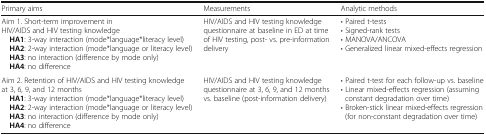
<table><thead><tr><td><b>Primary aims</b></td><td><b>Measurements</b></td><td><b>Analytic methods</b></td></tr></thead><tbody><tr><td>Aim 1. Short-term improvement in HIV/AIDS and HIV testing knowledge <b>HA1</b>: 3-way interaction (mode*language*literacy level) <b>HA2</b>: 2-way interaction (mode*language or literacy level) <b>HA3</b>: no interaction (difference by mode only) <b>HA4</b>: no difference</td><td>HIV/AIDS and HIV testing knowledge questionnaire at baseline in ED at time of HIV testing, post- vs. pre-information delivery</td><td>• Paired t-tests• Signed-rank tests• MANOVA/ANCOVA• Generalized linear mixed-effects regression</td></tr><tr><td>Aim 2. Retention of HIV/AIDS and HIV testing knowledge at 3, 6, 9, and 12 months <b>HA1</b>: 3-way interaction (mode*language*literacy level) <b>HA2</b>: 2-way interaction (mode*language or literacy level) <b>HA3</b>: no interaction (difference by mode only) <b>HA4</b>: no difference</td><td>HIV/AIDS and HIV testing knowledge questionnaire at 3, 6, 9, and 12 months vs. baseline (post-information delivery)</td><td>• Paired t-test for each follow-up vs. baseline• Linear mixed-effects regression (assuming constant degradation over time)• Broken-stick linear mixed-effects regression (for non-constant degradation over time)</td></tr></tbody></table>